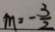
m = - \frac { 3 } { 2 }